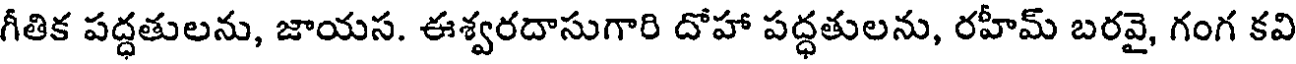
గీతిక పద్ధతులను, జాయస. ఈశ్వరదాసుగారి దోహా పద్ధతులను, రహీమ్ బరవై, గంగ కవి